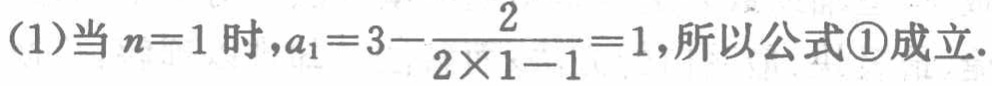
(1)当 \(n = 1\) 时，\(a_{1}=3-\frac{2}{2\times1 - 1}=1\)，所以公式\textcircled{1}成立.